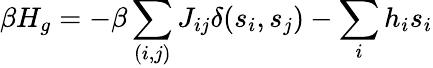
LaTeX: \beta H_{g}=-\beta\sum_{(i,j)}J_{ij}\delta(s_{i},s_{j})-\sum_{i}h_{i}s_{i}